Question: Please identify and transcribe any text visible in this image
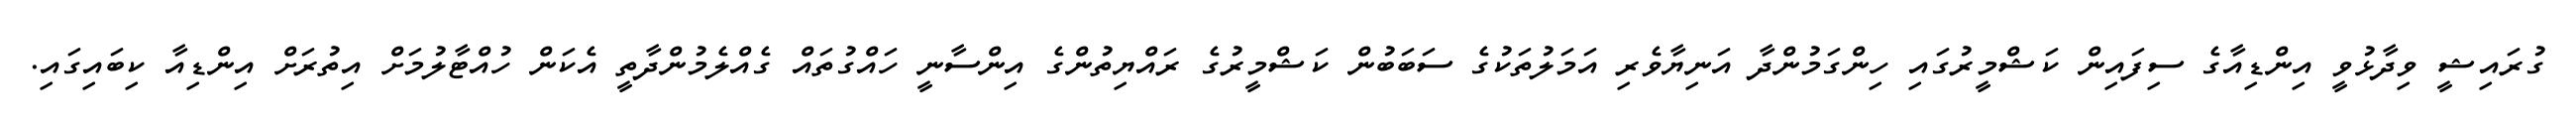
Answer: ގުރައިޝީ ވިދާޅުވީ އިންޑިއާގެ ސިފައިން ކަޝްމީރުގައި ހިންގަމުންދާ އަނިޔާވެރި އަމަލުތަކުގެ ސަބަބުން ކަޝްމީރުގެ ރައްޔިތުންގެ އިންސާނީ ހައްގުތައް ގެއްލެމުންދާތީ އެކަން ހުއްޓާލުމަށް އިތުރަށް އިންޑިއާ ކިބައިގައި.